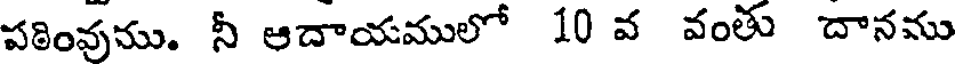
పఠింవుము. నీ ఆదాయములో 10 వ వంతు దానము